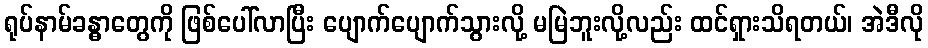
ရုပ်နာမ်ခန္ဓာတွေကို ဖြစ်ပေါ်လာပြီး ပျောက်ပျောက်သွားလို့ မမြဲဘူးလို့လည်း ထင်ရှားသိရတယ်၊ အဲဒီလို